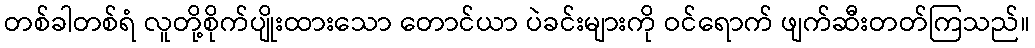
တစ်ခါတစ်ရံ လူတို့စိုက်ပျိုးထားသော တောင်ယာ ပဲခင်းများကို ဝင်ရောက် ဖျက်ဆီးတတ်ကြသည်။